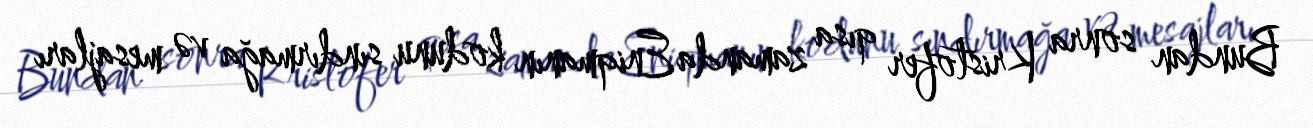
Bundan sonra Kristofer qısa zamanda Eniqmanın kodunu sındırmağa və mesajları